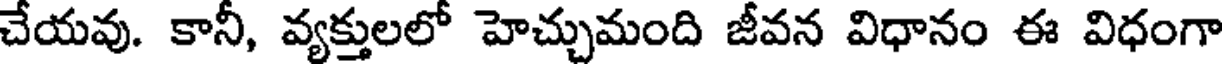
చేయవు. కానీ, వ్యక్తులలో హెచ్చుమంది జీవన విధానం ఈ విధంగా